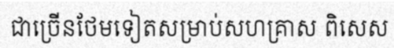
ជាច្រើនថែមទៀតសម្រាប់សហគ្រាស ពិសេស